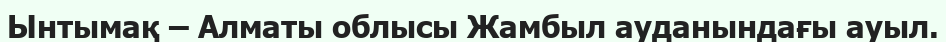
Ынтымақ – Алматы облысы Жамбыл ауданындағы ауыл.